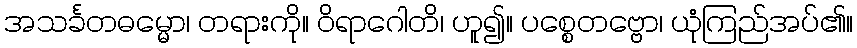
အသင်္ခတဓမ္မော၊ တရားကို။ ဝိရာဂေါတိ၊ ဟူ၍။ ပစ္စေတဗ္ဗော၊ ယုံကြည်အပ်၏။